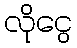
လိုငွေ